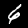
Label: 6